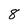
Character: 8